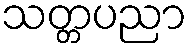
သတ္တပညာ